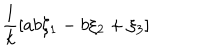
\frac { 1 } { k } [ a b \xi _ { 1 } - b \xi _ { 2 } + \xi _ { 3 } ]